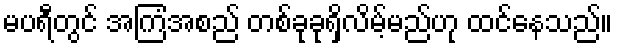
မပရီတွင် အကြံအစည် တစ်ခုခုရှိလိမ့်မည်ဟု ထင်နေသည်။